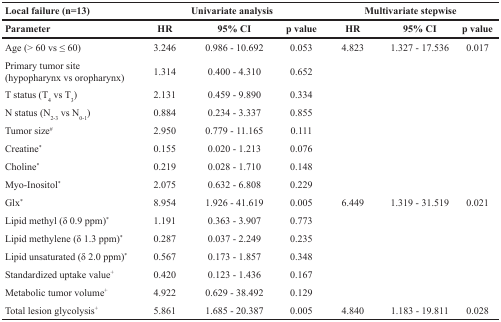
<table><thead><tr><td><b>Local failure (n=13)</b></td><td colspan="3"><b>Univariate analysis</b></td><td colspan="3"><b>Multivariate stepwise</b></td></tr><tr><td><b>Parameter</b></td><td><b>HR</b></td><td><b>95% CI</b></td><td><b>p value</b></td><td><b>HR</b></td><td><b>95% CI</b></td><td><b>p value</b></td></tr></thead><tbody><tr><td>Age (&gt; 60 vs ≤ 60)</td><td>3.246</td><td>0.986 - 10.692</td><td>0.053</td><td>4.823</td><td>1.327 - 17.536</td><td>0.017</td></tr><tr><td>Primary tumor site(hypopharynx vs oropharynx)</td><td>1.314</td><td>0.400 - 4.310</td><td>0.652</td><td></td><td></td><td></td></tr><tr><td>T status (T<sub>4</sub> vs T<sub>3</sub>)</td><td>2.131</td><td>0.459 - 9.890</td><td>0.334</td><td></td><td></td><td></td></tr><tr><td>N status (N<sub>2-3</sub> vs N<sub>0-1</sub>)</td><td>0.884</td><td>0.234 - 3.337</td><td>0.855</td><td></td><td></td><td></td></tr><tr><td>Tumor size<sup>#</sup></td><td>2.950</td><td>0.779 - 11.165</td><td>0.111</td><td></td><td></td><td></td></tr><tr><td>Creatine<sup>*</sup></td><td>0.155</td><td>0.020 - 1.213</td><td>0.076</td><td></td><td></td><td></td></tr><tr><td>Choline<sup>*</sup></td><td>0.219</td><td>0.028 - 1.710</td><td>0.148</td><td></td><td></td><td></td></tr><tr><td>Myo-Inositol<sup>*</sup></td><td>2.075</td><td>0.632 - 6.808</td><td>0.229</td><td></td><td></td><td></td></tr><tr><td>Glx<sup>*</sup></td><td>8.954</td><td>1.926 - 41.619</td><td>0.005</td><td>6.449</td><td>1.319 - 31.519</td><td>0.021</td></tr><tr><td>Lipid methyl (δ 0.9 ppm)<sup>*</sup></td><td>1.191</td><td>0.363 - 3.907</td><td>0.773</td><td></td><td></td><td></td></tr><tr><td>Lipid methylene (δ 1.3 ppm)<sup>*</sup></td><td>0.287</td><td>0.037 - 2.249</td><td>0.235</td><td></td><td></td><td></td></tr><tr><td>Lipid unsaturated (δ 2.0 ppm)<sup>*</sup></td><td>0.567</td><td>0.173 - 1.857</td><td>0.348</td><td></td><td></td><td></td></tr><tr><td>Standardized uptake value+</td><td>0.420</td><td>0.123 - 1.436</td><td>0.167</td><td></td><td></td><td></td></tr><tr><td>Metabolic tumor volume+</td><td>4.922</td><td>0.629 - 38.492</td><td>0.129</td><td></td><td></td><td></td></tr><tr><td>Total lesion glycolysis+</td><td>5.861</td><td>1.685 - 20.387</td><td>0.005</td><td>4.840</td><td>1.183 - 19.811</td><td>0.028</td></tr></tbody></table>